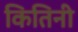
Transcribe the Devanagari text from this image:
कितिनी